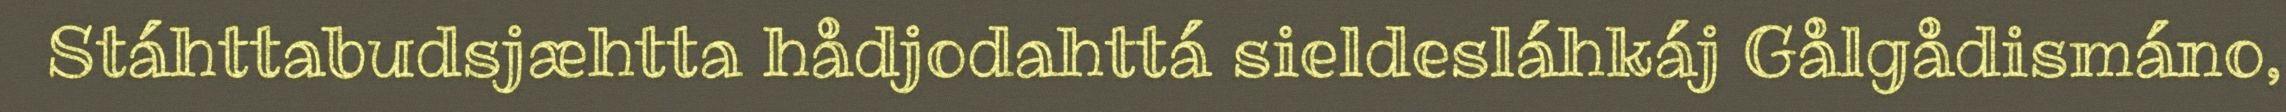
Stáhttabudsjæhtta hådjodahttá sieldesláhkáj Gålgådismáno,